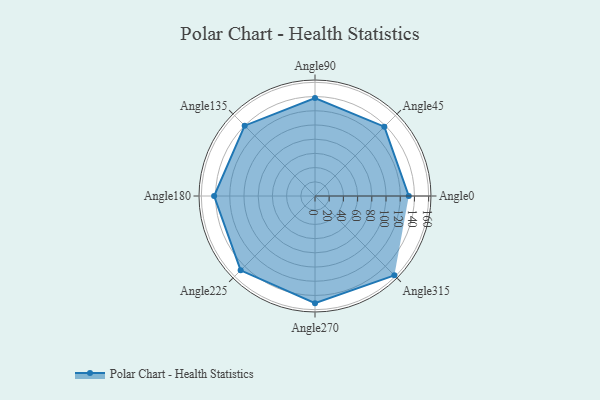
{"axis": {"x": "Angle", "y": "Radius"}, "legend": [""], "data": [{"x": "Angle0", "y": 132.0, "type": ""}, {"x": "Angle45", "y": 138.0, "type": ""}, {"x": "Angle90", "y": 138.0, "type": ""}, {"x": "Angle135", "y": 140.0, "type": ""}, {"x": "Angle180", "y": 142.0, "type": ""}, {"x": "Angle225", "y": 148.0, "type": ""}, {"x": "Angle270", "y": 151.0, "type": ""}, {"x": "Angle315", "y": 158.0, "type": ""}]}